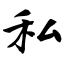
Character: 私